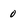
Character: 0